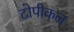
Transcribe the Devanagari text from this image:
टोपीकल